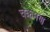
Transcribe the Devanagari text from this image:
चक्रमण